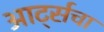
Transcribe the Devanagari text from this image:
आर्ट्सचा